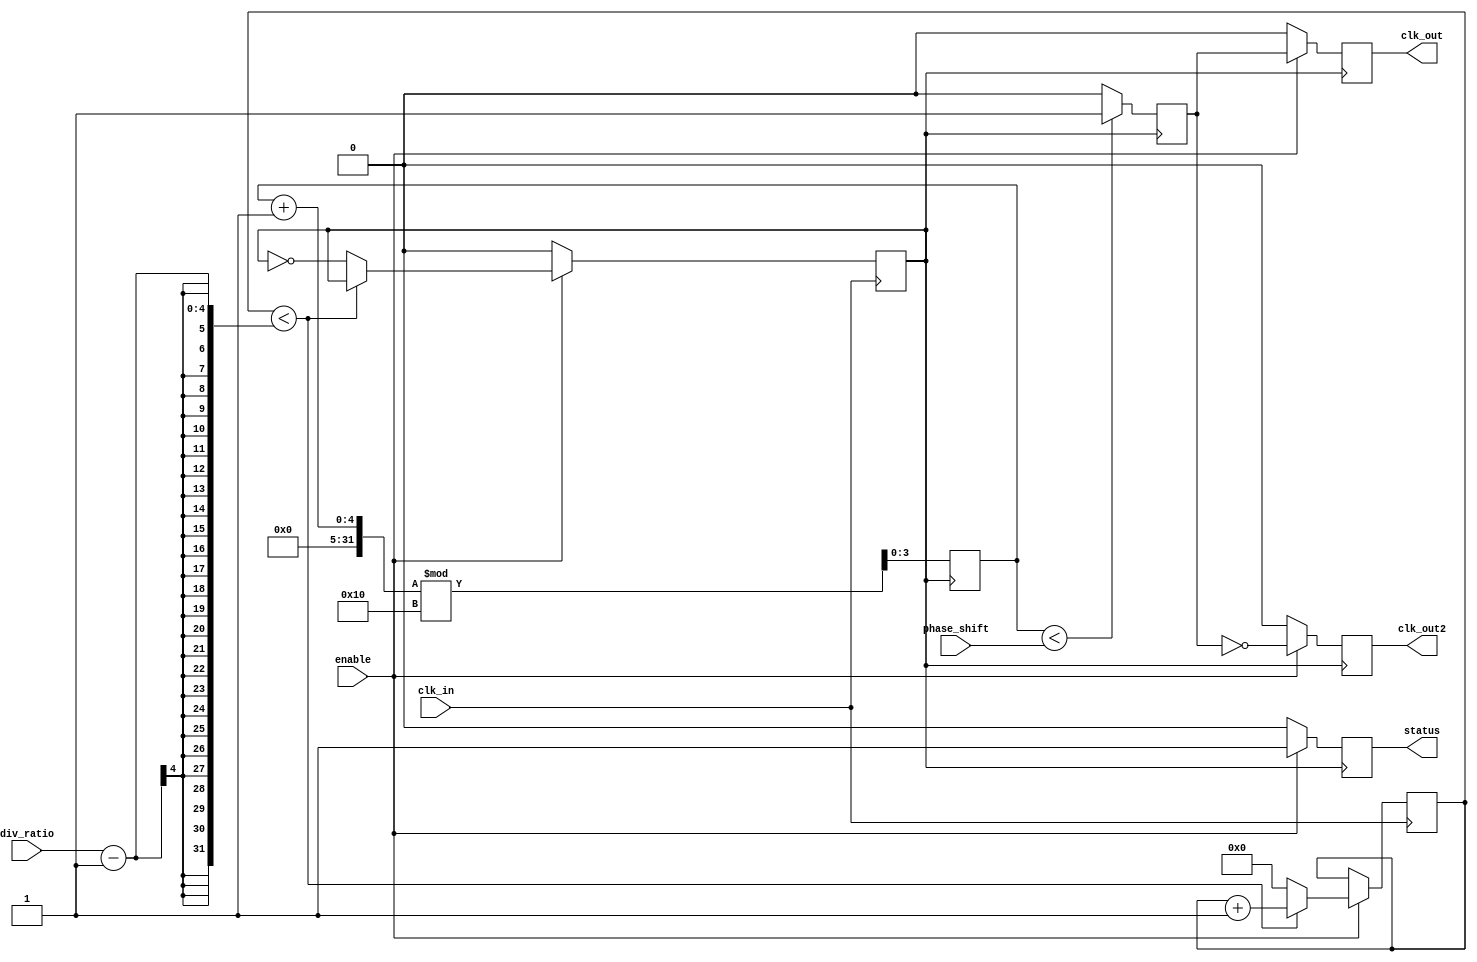
module ProgrammableClockBuffer (
    input wire clk_in,             // Input clock signal
    input wire [3:0] div_ratio,    // Programmable division ratio (1-16)
    input wire [3:0] phase_shift,   // Programmable phase shift (in clock cycles)
    input wire enable,              // Output enable signal
    output reg clk_out,             // Output clock signal
    output reg clk_out2,            // Second output clock signal (for multiple outputs)
    output reg status               // Status indicator
);

    reg [3:0] count;                // Counter for clock division
    reg [3:0] phase_counter;        // Counter for phase adjustment
    reg clk_div;                    // Divided clock signal
    reg clk_phase;                  // Phase-adjusted clock signal

    // Clock division logic
    always @(posedge clk_in) begin
        if (enable) begin
            if (count < div_ratio - 1) begin
                count <= count + 1;
            end else begin
                count <= 0;
                clk_div <= ~clk_div;  // Toggle divided clock
            end
        end else begin
            clk_div <= 0;             // Disable divided clock
        end
    end

    // Phase adjustment logic
    always @(posedge clk_div) begin
        phase_counter <= (phase_counter + 1) % 16; // Increment phase counter
        if (phase_counter < phase_shift) begin
            clk_phase <= 1;            // Generate phase-adjusted clock
        end else begin
            clk_phase <= 0;
        end
    end

    // Output clock generation
    always @(posedge clk_div) begin
        if (enable) begin
            clk_out <= clk_phase;      // Output clock with phase adjustment
            clk_out2 <= ~clk_phase;    // Second output clock (inverted)
            status <= 1;                // Indicate active status
        end else begin
            clk_out <= 0;               // Disable output clock
            clk_out2 <= 0;              // Disable second output clock
            status <= 0;                // Indicate inactive status
        end
    end

    // Initialize registers
    initial begin
        count = 0;
        clk_div = 0;
        clk_phase = 0;
        phase_counter = 0;
        clk_out = 0;
        clk_out2 = 0;
        status = 0;
    end

endmodule